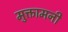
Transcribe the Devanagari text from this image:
मुक्तामनी